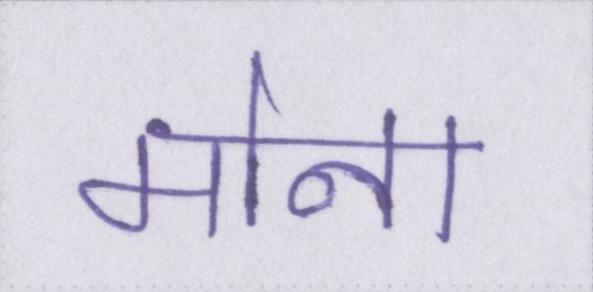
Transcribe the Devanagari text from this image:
मोना